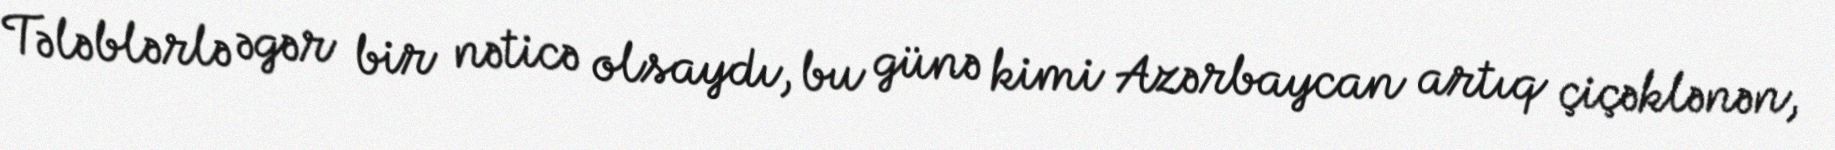
Tələblərlə əgər bir nəticə olsaydı, bu günə kimi Azərbaycan artıq çiçəklənən,